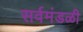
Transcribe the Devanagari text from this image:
सर्वमंडळी